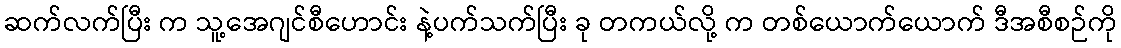
ဆက်လက်ပြီး က သူ့အေဂျင်စီဟောင်း နဲ့ပက်သက်ပြီး ခု တကယ်လို့ က တစ်ယောက်ယောက် ဒီအစီစဉ်ကို